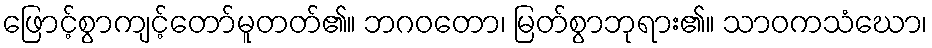
ဖြောင့်စွာကျင့်တော်မူတတ်၏။ ဘဂဝတော၊ မြတ်စွာဘုရား၏။ သာဝကသံဃော၊